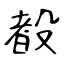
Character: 殾